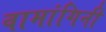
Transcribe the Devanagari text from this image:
वामांगिनी